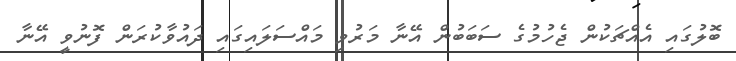
ބޮލުގައި އެއްޗަކުން ޖެހުމުގެ ސަބަބުން އޭނާ މަރުވި މައްސަލައިގައި ދައުވާކުރަން ފޮނުވީ އޭނާ